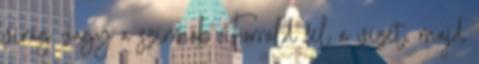
virág vagy a szirmok Forrald fel a vizet, majd